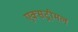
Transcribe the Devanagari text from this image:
एक्सट्रीमल